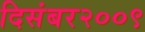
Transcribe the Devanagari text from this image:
दिसंबर२००९